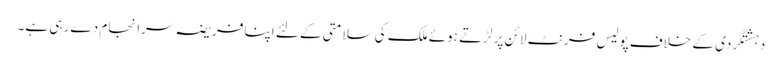
دہشتگردی کے خلاف پولیس فرنٹ لائن پر لڑتے ہوئے ملک کی سلامتی کے لئے اپنا فریضہ سرانجام دے رہی ہے۔